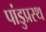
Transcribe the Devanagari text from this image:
पांडुप्रस्थ